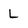
Character: L